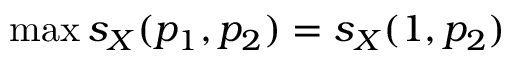
\operatorname* { m a x } s _ { X } ( p _ { 1 } , p _ { 2 } ) = s _ { X } ( 1 , p _ { 2 } )